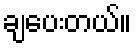
ချပေးတယ်။